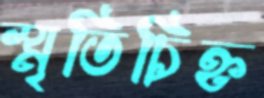
স্মৃতিচিহ্ন